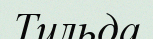
Тильда